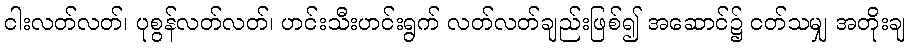
ငါးလတ်လတ်၊ ပုစွန်လတ်လတ်၊ ဟင်းသီးဟင်းရွက် လတ်လတ်ချည်းဖြစ်၍ အဆောင်၌ ငတ်သမျှ အတိုးချ